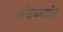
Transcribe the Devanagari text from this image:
शांघायमधील